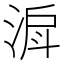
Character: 𣶉